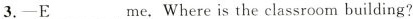
3.—E___ me, Where is the classroom building?